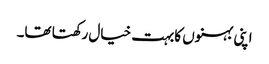
اپنی بہنوں کابہت خیال رکھتا تھا۔